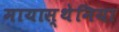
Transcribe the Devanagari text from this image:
मायास्थेनिया